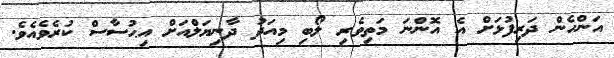
އަންހެން ދަރިފުޅަށް އެ އޮންނަ މަތިވެރި ލޯބި މިއަދު ދާނިޔަލްއަށް އިޙުސާސް ކުރެވެއެވެ.